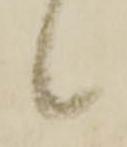
候